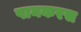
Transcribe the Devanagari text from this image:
पानकरस